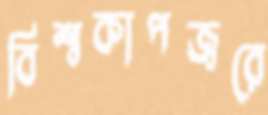
বিশ্বকাপজ্বরে